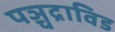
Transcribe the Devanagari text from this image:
पञ्चद्राविड